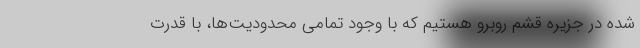
شده در جزیره قشم روبرو هستیم که با وجود تمامی محدودیت‌ها، با قدرت